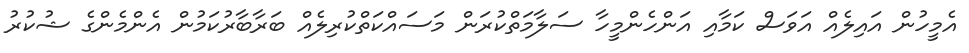
އެމީހުން އައިލެއް އަވަސް ކަމާއި އަންހެންމީހާ ސަލާމަތްކުރަން މަސައްކަތްކުރިލެއް ބަރާބާރުކަމުން އެންމެންގެ ޝުކުރު